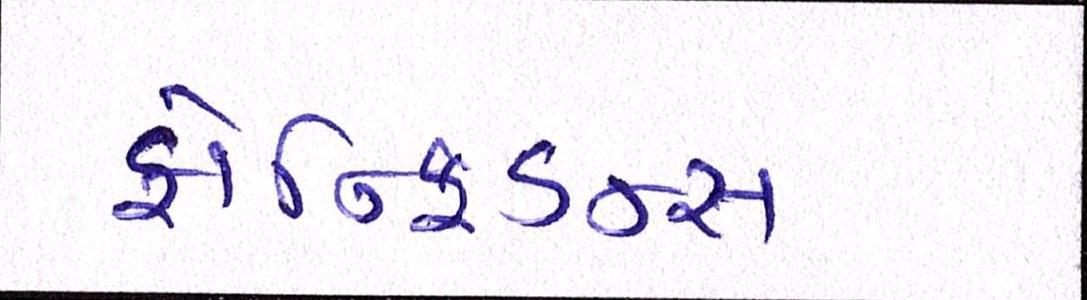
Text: કોન્ફિડન્સ